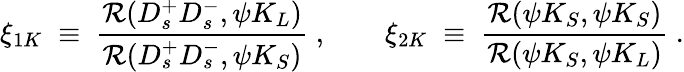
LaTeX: \xi_{1K}\; \equiv\; \frac{{\cal R}(D_{s}^{+}D_{s}^{-},\psi K_{L})}{{\cal R}(D_{s}^{+}D_{s}^{-},\psi K_{S})}\; ,~~~~~~~~\xi_{2K}\; \equiv\; \frac{{\cal R}(\psi K_{S},\psi K_{S})}{{\cal R}(\psi K_{S},\psi K_{L})}\; .